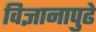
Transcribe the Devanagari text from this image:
विज्ञानापुढे